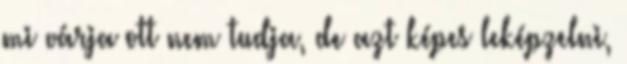
mi várja ott nem tudja, de azt képes leképzelni,